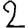
Digit: 2